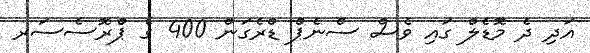
އަދި ދެ މޮޑެލް ގައި ވެސް ސްނެޕް ޑްރެގަން 400 ގެ ޕްރޮސެސަރ